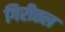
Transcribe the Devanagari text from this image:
गिरीतल